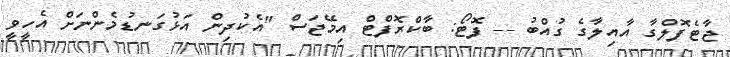
ޖާޓެފޮލްގާ އާއިލާގެ ގުއްބު -- ފޮޓޯ: ބާކްރޮފްޓް އިމޭޖަސް "އެކުދިން އަޅުގަނޑުމެންނަށް އެހީވީ